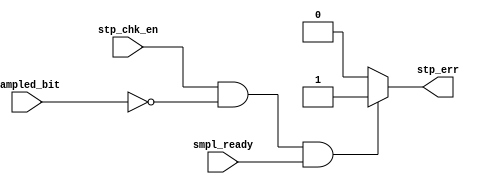
// combinantiol clock
module stop_check (
input wire          sampled_bit,
input wire          smpl_ready,
input wire          stp_chk_en,
output reg          stp_err
);

always @(*) begin
    if (stp_chk_en && !sampled_bit && smpl_ready) begin
        stp_err = 1'b1;
    end else begin
        stp_err = 1'b0 ; 
    end
end
endmodule